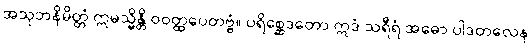
အသုဘနိမိတ္တံ ဣမသ္မိန္တိ ဝဝတ္ထပေတဗ္ဗံ။ ပရိစ္ဆေဒတော ဣဒံ သရီရံ အဓော ပါဒတလေန